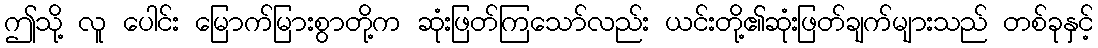
ဤသို့ လူ ပေါင်း မြောက်မြားစွာတို့က ဆုံးဖြတ်ကြသော်လည်း ယင်းတို့၏ဆုံးဖြတ်ချက်များသည် တစ်ခုနှင့်